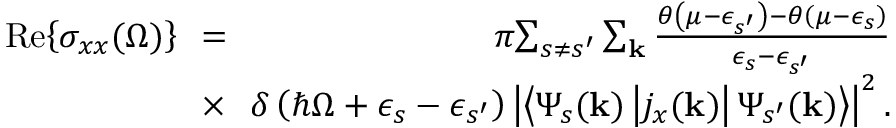
\begin{array} { r l r } { \mathrm { R e } { \left\{ \sigma _ { x x } ( \Omega ) \right\} } \! \! } & { = } & { \! \pi \! \sum _ { s \neq s ^ { \prime } } \sum _ { \mathbf { k } } \frac { \theta \left( \mu - \epsilon _ { s ^ { \prime } } \right) - \theta \left( \mu - \epsilon _ { s } \right) } { \epsilon _ { s } - \epsilon _ { s ^ { \prime } } } } \\ & { \times } & { \! \! \delta \left( \hbar \Omega + \epsilon _ { s } - \epsilon _ { s ^ { \prime } } \right) \left| \left\langle \Psi _ { s } ( \mathbf { k } ) \left| j _ { x } ( \mathbf { k } ) \right| \Psi _ { s ^ { \prime } } ( \mathbf { k } ) \right\rangle \right| ^ { 2 } . } \end{array}